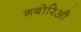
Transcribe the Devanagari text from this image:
ग़बोरिऔ